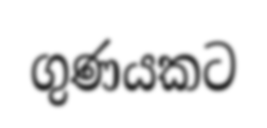
ගුණයකට